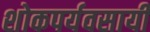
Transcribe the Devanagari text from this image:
शोकपर्यवसायी